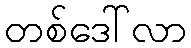
တစ်ဒေါ်လာ